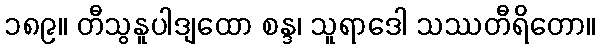
၁၈၉။ တီသွနူပါဒျထော စန္ဒ၊ သူရာဒေါ သဿတီရိတော။